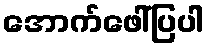
အောက်ဖေါ်ပြပါ